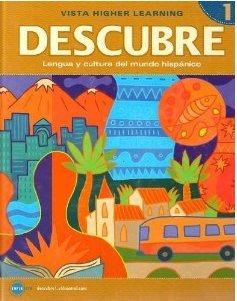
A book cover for DESCUBRE, nivel 1 - Lengua y cultura del mundo hispÃ¡nico - Student Edition; Jose A. Blanco; Teen & Young Adult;